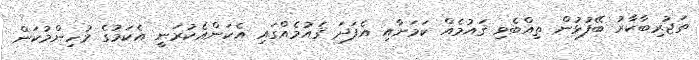
ތަޖުރިބާކާރު ބޭފުޅުން ތިއްބެވި ޤައުމެއް ކަމަށާއި އެފަދަ ޤައުމެއްގައި އެކަންއެކުރަނީ އެކަމުގެ މުހިންމުކަން